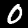
Label: 0